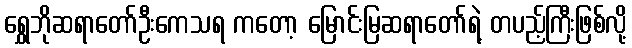
ရွှေဘိုဆရာတော်ဦးကေသရ ကတော့ မြောင်းမြဆရာတော်ရဲ့ တပည့်ကြီးဖြစ်လို့